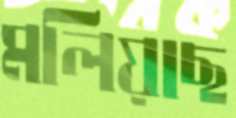
মলিয়াছ